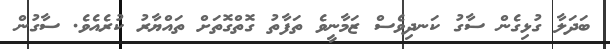
ބަދަލާ ގުޅިގެން ސާގު ކަނދިވެސް ޒަމާނީވެ ތަފާތު ގޮތްގޮތަށް ތައްޔާރު ކުރެއެވެ. ސާގުން